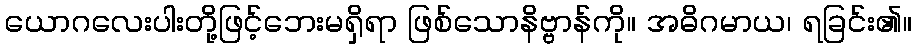
ယောဂလေးပါးတို့ဖြင့်ဘေးမရှိရာ ဖြစ်သောနိဗ္ဗာန်ကို။ အဓိဂမာယ၊ ရခြင်း၏။